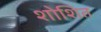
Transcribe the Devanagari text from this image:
शोशित